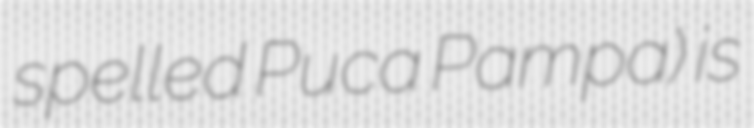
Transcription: spelled Puca Pampa) is